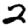
Digit: 2